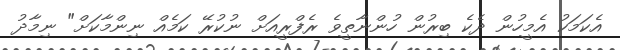
އެކަމަކު އެމީހުން ދެކެ ބިރުން ހުންނާތީވެ ރެފްރީއަށް ނުކުރޭ ކަމެއް ނިންމާކަށް" ނިމާދު